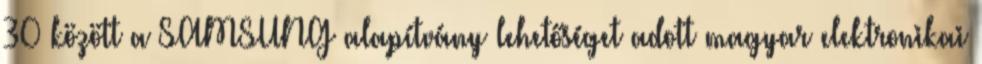
30 között a SAMSUNG alapítvány lehetőséget adott magyar elektronikai